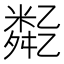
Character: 𠄈